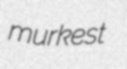
murkest